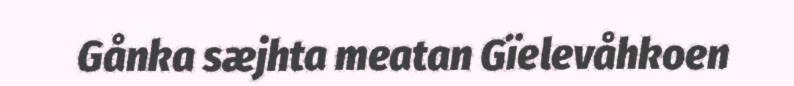
Gånka sæjhta meatan Gïelevåhkoen